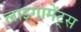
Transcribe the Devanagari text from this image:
लाइगामेंट्स